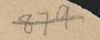
879